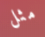
مثل